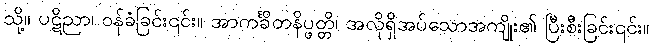
သို့။ ပဋိညာ၊ ဝန်ခံခြင်း၎င်း။ အာကင်္ခိတနိပ္ဖတ္တိ၊ အလိုရှိအပ်သောအကျိုး၏ ပြီးစီးခြင်း၎င်း။